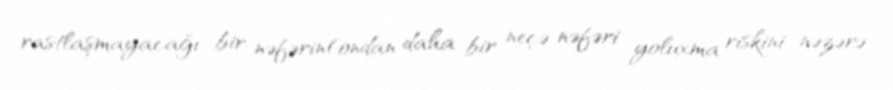
rastlaşmayacağı bir nəfərin(ondan daha bir neçə nəfəri yoluxma riskini nəzərə